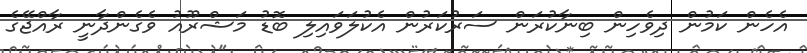
އެހެން ކަމުން ދިވެހިން ބިނާކުރަން ސަރުކަރުން އެކުލަވައިލި ބޮޑު މަޝްރޫއު ވެގެންދާނީ ރާއްޖޭގެ